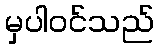
မှပါဝင်သည်